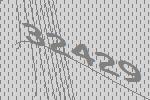
32429